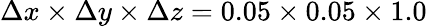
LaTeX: \Delta x\times\Delta y\times\Delta z=0.05\times 0.05\times 1.0